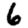
Digit: 6